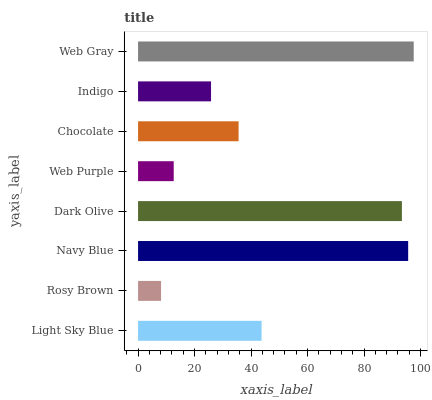
| yaxis_label | bars |
 | --- | --- |
 | Light Sky Blue | 43.7 |
 | Rosy Brown | 8.14 |
 | Navy Blue | 95.6 |
 | Dark Olive | 93.4 |
 | Web Purple | 12.6 |
 | Chocolate | 35.6 |
 | Indigo | 25.8 |
 | Web Gray | 97.6 |